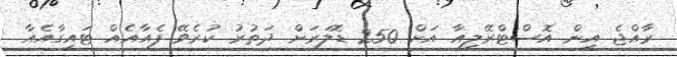
ރާއްޖެ އިން އޮސްޓްރޭލިއާ އަށް 250 ޑޮލަރަށް ދަތުރު ކުރެވޭ ފެއާއެއް ޓައިގާއެއާ